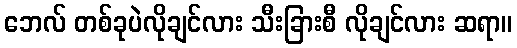
ဘေလ် တစ်ခုပဲလိုချင်လား သီးခြားစီ လိုချင်လား ဆရာ။